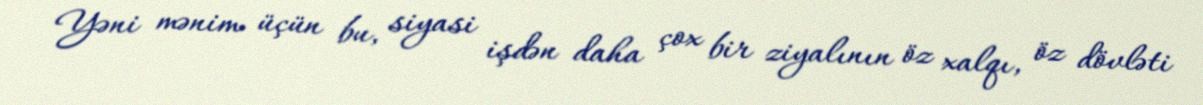
Yəni mənim üçün bu, siyasi işdən daha çox bir ziyalının öz xalqı, öz dövləti